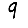
Digit: 9